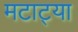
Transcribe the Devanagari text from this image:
मटाट्या